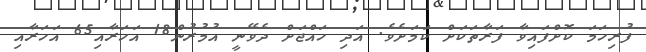
ފުރިހަމަ ކޮށްފައިވާ ފަރާތަކަށް ކަމަށެވެ. އަދި ހައްޖަށް ދެވޭނީ އުމުރުން18 އަހަރާއި65 އަހަރާއި